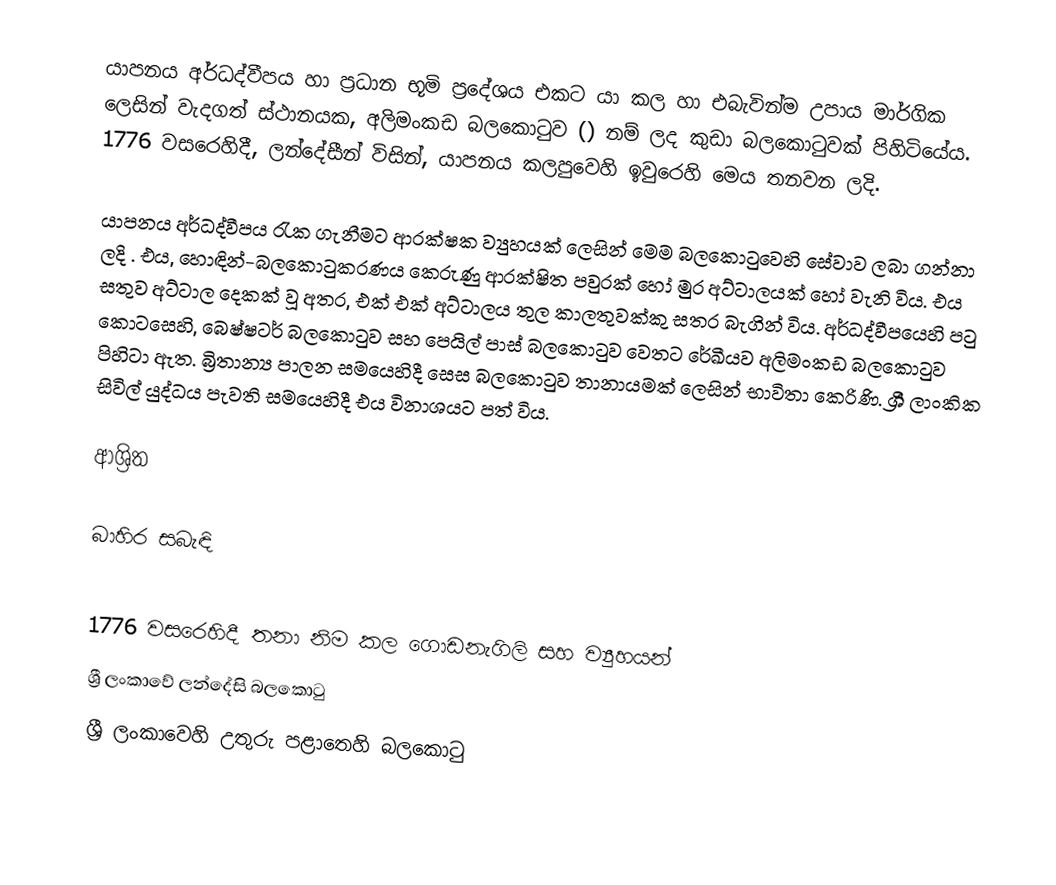
යාපනය අර්ධද්වීපය හා ප්‍රධාන භූමි ප්‍රදේශය එකට යා කල හා එබැවින්ම උපාය මාර්ගික ලෙසින් වැදගත් ස්ථානයක,  අලිමංකඩ බලකොටුව () නම් ලද කුඩා බලකොටුවක් පිහිටියේය. 1776 වසරෙහිදී,  ලන්දේසීන් විසින්,   යාපනය කලපුවෙහි ඉවුරෙහි මෙය තනවන ලදි.

යාපනය අර්ධද්වීපය රැක ගැනීමට ආරක්ෂක ව්‍යුහයක් ලෙසින් මෙම බලකොටුවෙහි සේවාව ලබා ගන්නා ලදි . එය, හොඳින්-බලකොටුකරණය කෙරුණු  ආරක්ෂිත පවුරක් හෝ  මුර අට්ටාලයක් හෝ වැනි විය. එය සතුව අට්ටාල දෙකක් වූ අතර, එක් එක් අට්ටාලය තුල කාලතුවක්කු සතර බැගින් විය.  අර්ධද්වීපයෙහි පටු කොටසෙහි, බෙෂ්ෂටර් බලකොටුව සහ පෙයිල් පාස් බලකොටුව වෙතට රේඛීයව අලිමංකඩ බලකොටුව පිහිටා ඇත. බ්‍රිතාන්‍ය පාලන සමයෙහිදී සෙස බලකොටුව තානායමක් ලෙසින් භාවිතා කෙරිණි. ශ්‍රී ලාංකික සිවිල් යුද්ධය පැවති සමයෙහිදී එය විනාශයට පත් විය.

ආශ්‍රිත

බාහිර සබැඳි

 1776 වසරෙහිදී තනා නිම කල ගොඩනැගිලි සහ ව්‍යුහයන්
ශ්‍රී ලංකාවේ ලන්දේසි බලකොටු
ශ්‍රී ලංකාවෙහි උතුරු පළාතෙහි බලකොටු